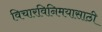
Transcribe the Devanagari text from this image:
विचारविनिमयासाठी